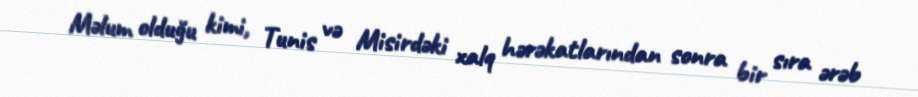
Məlum olduğu kimi, Tunis və Misirdəki xalq hərəkatlarından sonra bir sıra ərəb